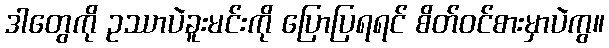
ဒါတွေကို ဥဿာပဲခူးမင်းကို ပြောပြရရင် စိတ်ဝင်စားမှာပဲကွ။